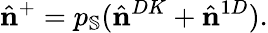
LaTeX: \hat{\mathbf{n}}^{+}=p_{\mathbb{S}}(\hat{\mathbf{n}}^{DK}+\hat{\mathbf{n}}^{1D}).